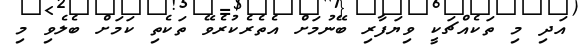
އަދި މި ތަކެއްޗަކީ ވިޔަފާރި ބޭނުމަށް އެތެރެކުރެވޭ ތަކެތި ކަމަށް ބެލެވި މި